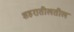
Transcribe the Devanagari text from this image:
शहरातीलतील